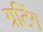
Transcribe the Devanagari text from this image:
ग्रटिंग